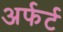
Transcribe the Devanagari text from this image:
अर्फर्ट